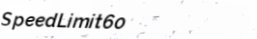
SpeedLimit60